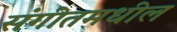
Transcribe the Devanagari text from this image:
संगीतमधील